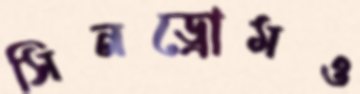
সিনড্রোমও